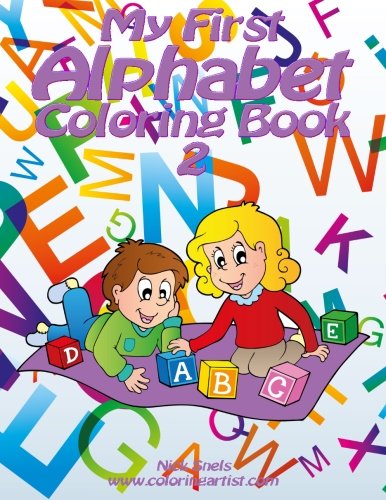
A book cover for My First Alphabet Coloring Book 2 (Volume 2); Nick Snels; Parenting & Relationships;